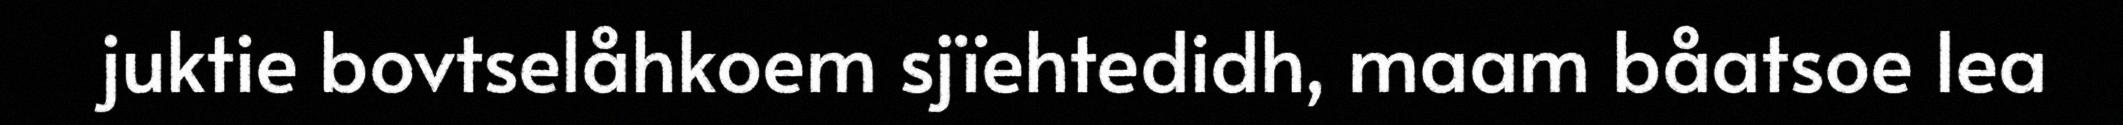
juktie bovtselåhkoem sjïehtedidh, maam båatsoe lea